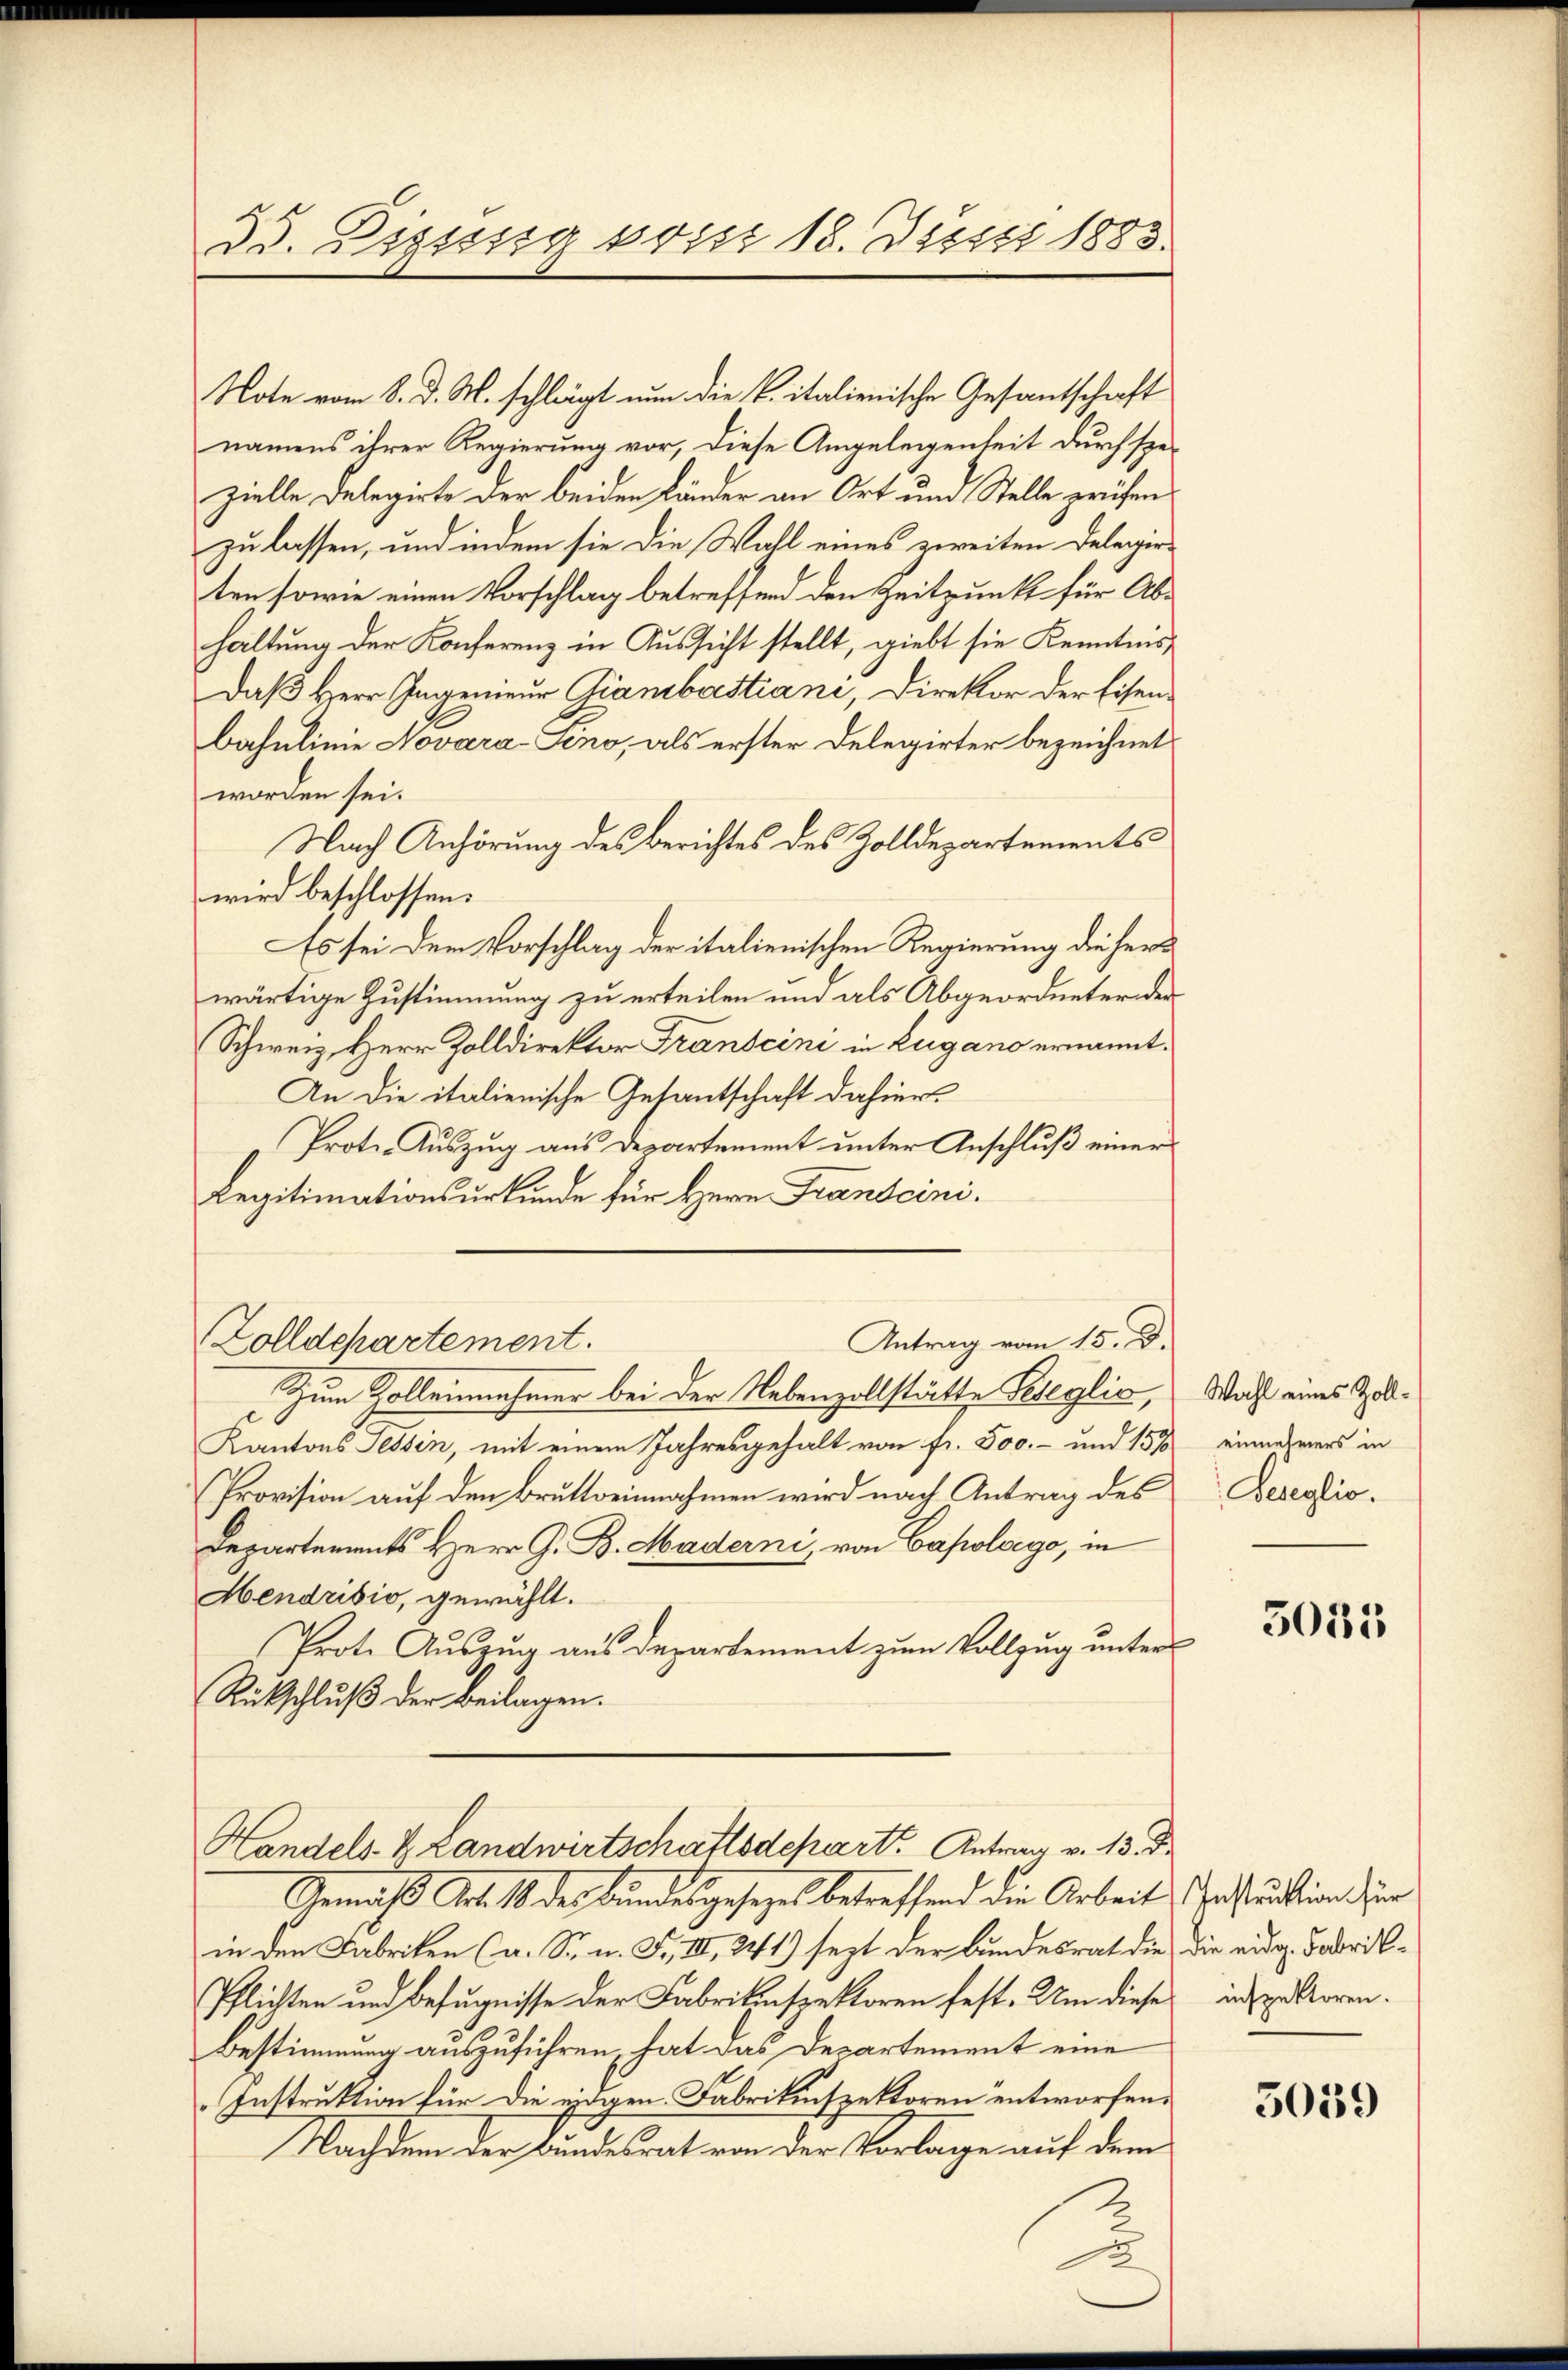
33. Lissssig vorer 18. Justi 1885.

Note vom 8. d. M. schlägt nun die Vitalienische Gesantschaft
namens ihrer Regierung vor, diese Angelegenheit durch spezielle Delegirte der beiden Länder an Ort und Stelle prüfen
zu lassen, und indem sie die Wahl eines zweiten Delegirten sowie einen Vorschlag betreffend den Zeitpunkt für Abhaltung der Konferenz in Aussicht stellt, giebt sie Kenntnis
Daß Herr Ingenieur Giambastiani, Direktor der Eisen-
bahulinie Novara-Sino, als erster Delegirter bezeichnet
worden sei.
Nach Anhörung des Berichtes des Zolldepartements
wird beschlossen:
Es sei dem Vorschlag der italienischen Regierung dieser
wärtige Zustimmung zu erteilen und als Abgeordneter der
Schweiz. Herr Zolldirektor Franscini in Lugano ernannt.
An die italienische Gesantschaft dahier
Proto- Auszug aus Departement unter Anschluß einer
Legitimationsurkunde für Herr Frandcini¬
Antrag vom 15. D.
Zolldepartement.
Zum Zolleinnahmer bei der Nebenzollstätte Peseglic,
Kantons Tessin, mit einem Jahresgehalt von fr. 500.- und 157
Provision auf den Bruttoeinnahmen wird nach Antrag des
Departements Herr G. B. Maderni, von Capologo, in
Hendrisio, gewählt.
Prote Auszug aus Departement zum Vollzug unter
Rückschluß der Beilagen.
Handels k. Landwirtschaftsdepart. Antrag v. 15. d.
Gemäß Art. 1 des Bundesgesezes betreffend die Arbeit
in den Fabriken (a. Sr. n. F. III 241) sezt der Bundesrat die die eidg. Fabrik¬
Pflichten und Befugnisse der Fabrikinspektoren fest. Um diese interloren.
Bestimmung auszuführen, hat das Departement eine
Instruktion für die eidgen Fabrikinspektoren entworfen.
Nachdem der Bundesrat von der Vorlage auf dem

Wahl eines Zolleinnehmers in
Seseglio.

5035

Instruktion für

5059